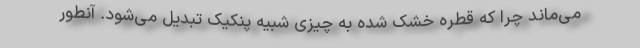
می‌ماند چرا که قطره خشک شده به چیزی شبیه پنکیک تبدیل می‌شود. آنطور